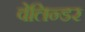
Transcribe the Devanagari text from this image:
वेलिन्डर